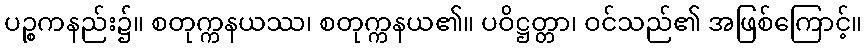
ပဉ္စကနည်း၌။ စတုက္ကနယဿ၊ စတုက္ကနယ၏။ ပဝိဋ္ဌတ္တာ၊ ဝင်သည်၏ အဖြစ်ကြောင့်။